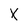
Character: X